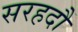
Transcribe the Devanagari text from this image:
सरहदौं